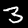
Label: 3